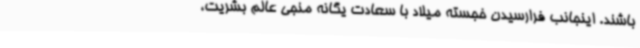
باشند. اینجانب فرارسیدن خجسته میلاد با سعادت یگانه منجی عالم بشریت،